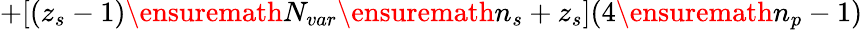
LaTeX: +[(z_{s}-1)\ensuremath{N_{var}}\ensuremath{n_{s}}+z_{s}](4\ensuremath{n_{p}}-1)